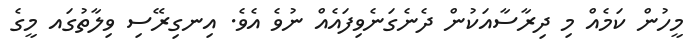
މީހުން ކަމެއް މި ދިރާސާއަކުން ދެނެގަނެވިފައެއް ނުވެ އެވެ. އިނގިރޭސި ވިލާތުގައ މީގެ